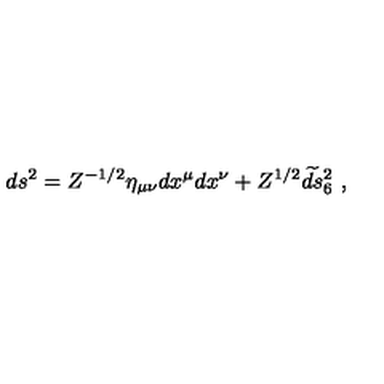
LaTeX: d s ^ { 2 } = Z ^ { - 1 / 2 } \eta _ { \mu \nu } d x ^ { \mu } d x ^ { \nu } + Z ^ { 1 / 2 } \widetilde { d s } { } _ { 6 } ^ { 2 } \ ,